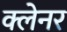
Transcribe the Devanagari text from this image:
क्लेनर